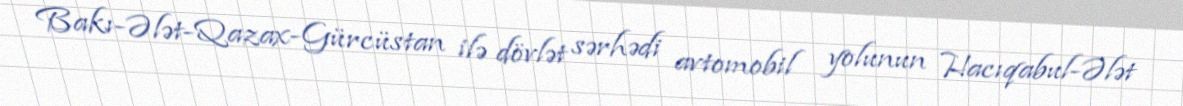
Bakı-Ələt-Qazax-Gürcüstan ilə dövlət sərhədi avtomobil yolunun Hacıqabul-Ələt